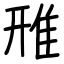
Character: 雃